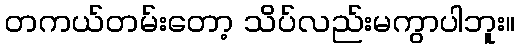
တကယ်တမ်းတော့ သိပ်လည်းမကွာပါဘူး။